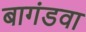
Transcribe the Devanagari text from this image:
बागंडवा